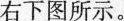
右下图所示。